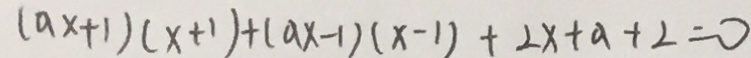
( a x + 1 ) ( x + 1 ) + ( a x - 1 ) ( x - 1 ) + 2 x + a + 2 = 0